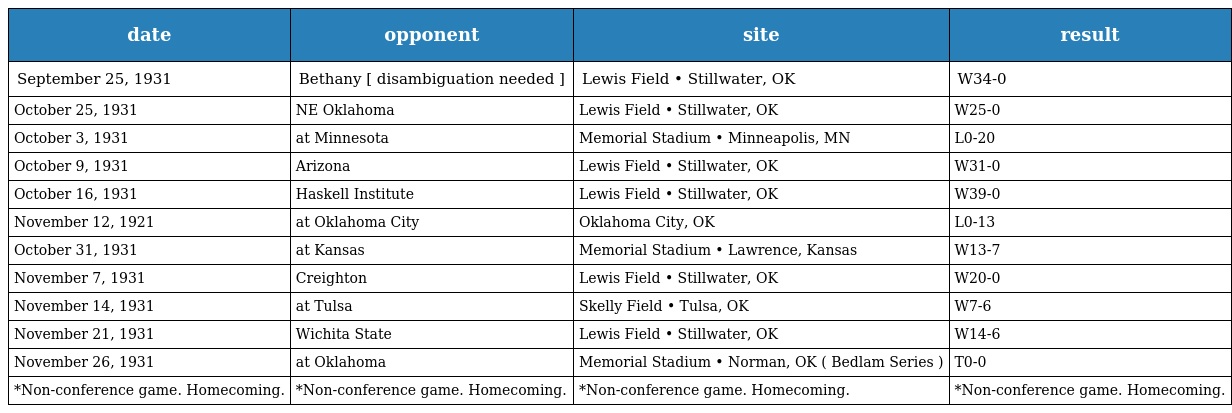
| date | opponent | site | result |
 | --- | --- | --- | --- |
 | September 25, 1931 | Bethany [ disambiguation needed ] | Lewis Field • Stillwater, OK | W34-0 |
 | October 25, 1931 | NE Oklahoma | Lewis Field • Stillwater, OK | W25-0 |
 | October 3, 1931 | at Minnesota | Memorial Stadium • Minneapolis, MN | L0-20 |
 | October 9, 1931 | Arizona | Lewis Field • Stillwater, OK | W31-0 |
 | October 16, 1931 | Haskell Institute | Lewis Field • Stillwater, OK | W39-0 |
 | November 12, 1921 | at Oklahoma City | Oklahoma City, OK | L0-13 |
 | October 31, 1931 | at Kansas | Memorial Stadium • Lawrence, Kansas | W13-7 |
 | November 7, 1931 | Creighton | Lewis Field • Stillwater, OK | W20-0 |
 | November 14, 1931 | at Tulsa | Skelly Field • Tulsa, OK | W7-6 |
 | November 21, 1931 | Wichita State | Lewis Field • Stillwater, OK | W14-6 |
 | November 26, 1931 | at Oklahoma | Memorial Stadium • Norman, OK ( Bedlam Series ) | T0-0 |
 | *Non-conference game. Homecoming. | *Non-conference game. Homecoming. | *Non-conference game. Homecoming. | *Non-conference game. Homecoming. |